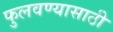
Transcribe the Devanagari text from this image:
फुलवण्यासाठी